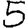
Digit: 5